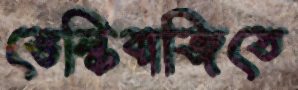
ভেল্কিবাজিতে